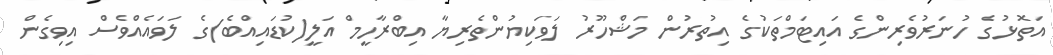
އަތޮޅުގެ ހުނަރުވެރިންގެ އައިޓަމްތަކުގެ އިތުރުން މަޝްހޫރު ލަވަކިޔުންތެރިޔާ އިބްރާހީމް އަލީ(ކުޑައިއްބެ)ގެ ލަވައެއްވެސް އިވިގެން